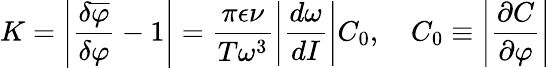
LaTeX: K=\left|\frac{\delta\overline{{{\varphi}}}}{\delta\varphi}-1\right|=\frac{\pi\epsilon\nu}{T\omega^{3}}\left|\frac{d\omega}{dI}\right|C_{0},\quad C_{0}\equiv\left|\frac{\partial C}{\partial\varphi}\right|